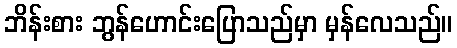
ဘိန်းစား ဘွန်ဟောင်းပြောသည်မှာ မှန်လေသည်။